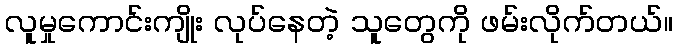
လူမှုကောင်းကျိုး လုပ်နေတဲ့ သူတွေကို ဖမ်းလိုက်တယ်။